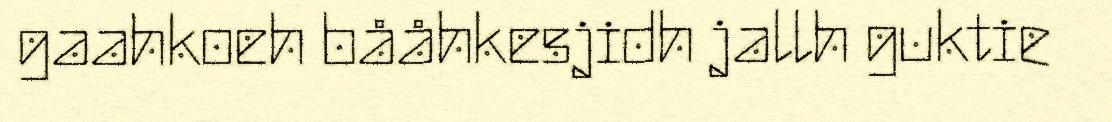
gaahkoeh bååhkesjidh jallh guktie